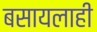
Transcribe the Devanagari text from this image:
बसायलाही